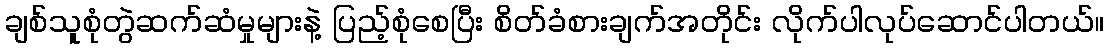
ချစ်သူစုံတွဲဆက်ဆံမှုများနဲ့ ပြည့်စုံစေပြီး စိတ်ခံစားချက်အတိုင်း လိုက်ပါလုပ်ဆောင်ပါတယ်။